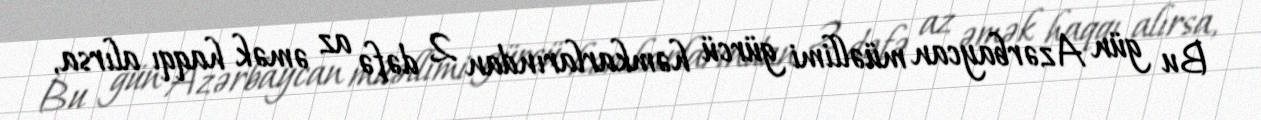
Bu gün Azərbaycan müəllimi gürcü həmkarlarından 2 dəfə az əmək haqqı alırsa,